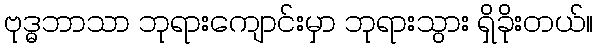
ဗုဒ္ဓဘာသာ ဘုရားကျောင်းမှာ ဘုရားသွား ရှိခိုးတယ်။